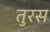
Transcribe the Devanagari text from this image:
तुरस